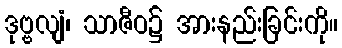
ဒုဗ္ဗလျံ၊ သာဇီဝ၌ အားနည်းခြင်းကို။